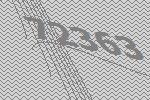
72363